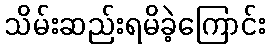
သိမ်းဆည်းရမိခဲ့ကြောင်း